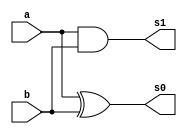
  // ------------------------- 
// FullAdder
// Nome: Milton costa teles da silva
// -------------------------  
// ------------------------- 
module halfAdder(output s0,output s1,input a,input b);
	xor xor1(s0,a,b);
	and and1(s1,a,b);
endmodule //halfAdder

module fullAdder(output s,output carryOut,input a,input b,input carryIn);
	wire w0,w1,w2;
	halfAdder hf1(w0,w1,a,b);
	halfAdder hf2(s,w2,w0,carryIn);
	or or1(carryOut,w2,w1);
endmodule //fullAdder

module fullAdder3bits(output [2:0]s,input [2:0]a, input[2:0]b, input carryIn);
	wire [2:0]carryOut;
	fullAdder fa1(s[0],carryOut[0],a[0],b[0],carryIn);
	fullAdder fa2(s[1],carryOut[1],a[1],b[1],carryOut[0]);
	fullAdder fa3(s[2],carryOut[2],a[2],b[2],carryOut[1]);
endmodule //fullAdder3bits